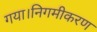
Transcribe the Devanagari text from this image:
गया।निगमीकरण